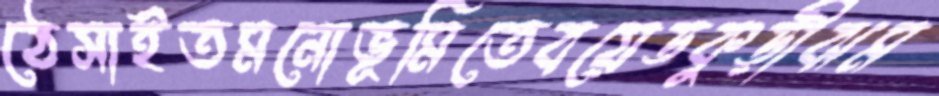
ঠেসাইতমনোভূমিতেবয়েডকুড়ীঝম